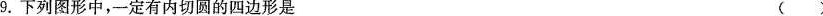
9.下列图形中，一定有内切圆的四边形是 ( )